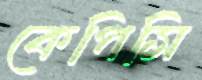
কেপিসি